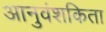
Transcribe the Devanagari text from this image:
आनुवंशकिता